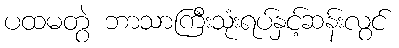
ပထမတွဲ ဘာသာကြီးသုံးရပ်နှင့်ဆန်းလွင်